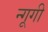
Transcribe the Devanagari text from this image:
न्गूगी